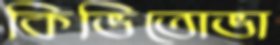
কিভিতোভা